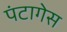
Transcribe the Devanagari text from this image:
पंटागेस